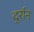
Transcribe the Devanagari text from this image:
दुर्रान